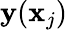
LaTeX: {\mathbf y}({\mathbf x}_{j})